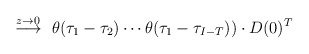
\begin{align*}\stackrel{z \to 0}{\longrightarrow}~\theta(\tau_1-\tau_2)\cdots\theta(\tau_1-\tau_{I-T}))\cdot D(0)^T\end{align*}